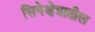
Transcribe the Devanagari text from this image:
सिनेक्षेत्रातील